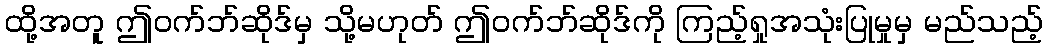
ထို့အတူ ဤဝက်ဘ်ဆိုဒ်မှ သို့မဟုတ် ဤဝက်ဘ်ဆိုဒ်ကို ကြည့်ရှုအသုံးပြုမှုမှ မည်သည့်